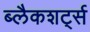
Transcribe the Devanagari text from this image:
ब्लैकशर्ट्स